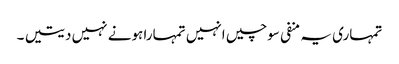
تمہاری یہ منفی سوچیں انہیں تمہارا ہونے نہیں دیتیں ۔